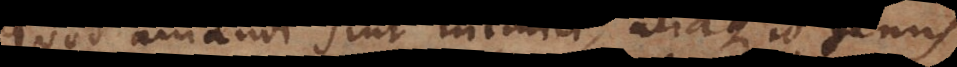
quod amandi sint inimici, aliaque id genus.